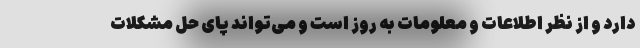
دارد و از نظر اطلاعات و معلومات به روز است و می‌تواند پای حل مشکلات